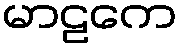
မာဠကေ